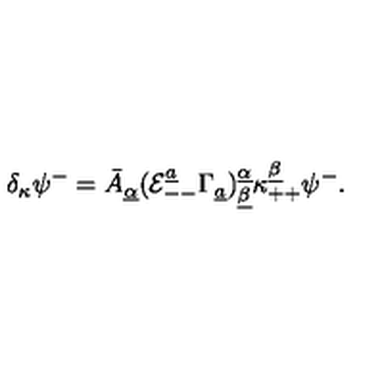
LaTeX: \delta _ { \kappa } \psi ^ { - } = \bar { A } _ { \underline { \alpha } } ( { \cal E } _ { -- } ^ { \underline { a } } \Gamma _ { \underline { a } } ) _ { \underline { \beta } } ^ { \underline { \alpha } } \kappa _ { + + } ^ { \underline { \beta } } \psi ^ { - } .